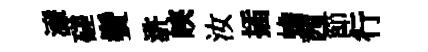
濓磋鬢滸峽汝插蟾茜節行